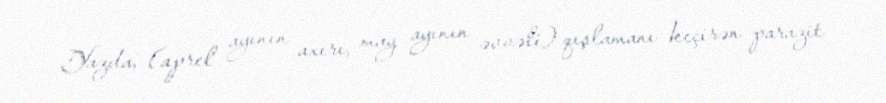
Yazda, (aprel ayının axırı, may ayının əvvəli) qışlamanı keçirən parazit